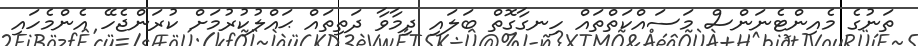
ތަނުގެ މެއިންޓެނަންސް މަސައްކަތްތައް ހިނގާގޮތް ބަލައި ދިމާވާ ދަތިތައް ޙައްލުކުރުމަށް ކުރަންޖެހޭ އެންމެހައި